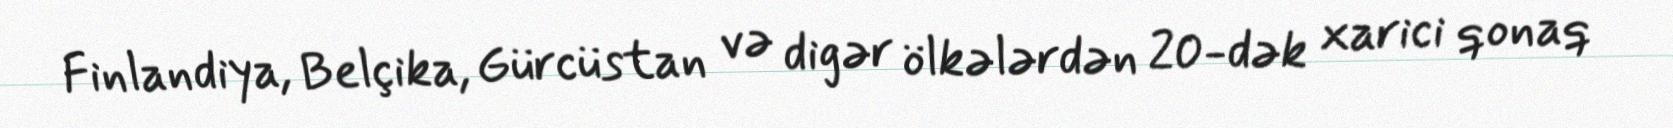
Finlandiya, Belçika, Gürcüstan və digər ölkələrdən 20-dək xarici qonaq